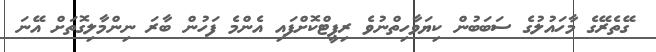
ގޭތެރޭގެ މާހައުލުގެ ސަބަބުން ކިޔަވާހިތްނުވެ ރިޕީޓްކޮށްފައި އެންމެ ފަހުން ބާރަ ނިންމާލިގޮތަށް އޭނަ